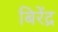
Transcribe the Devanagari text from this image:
बिरेंद्र